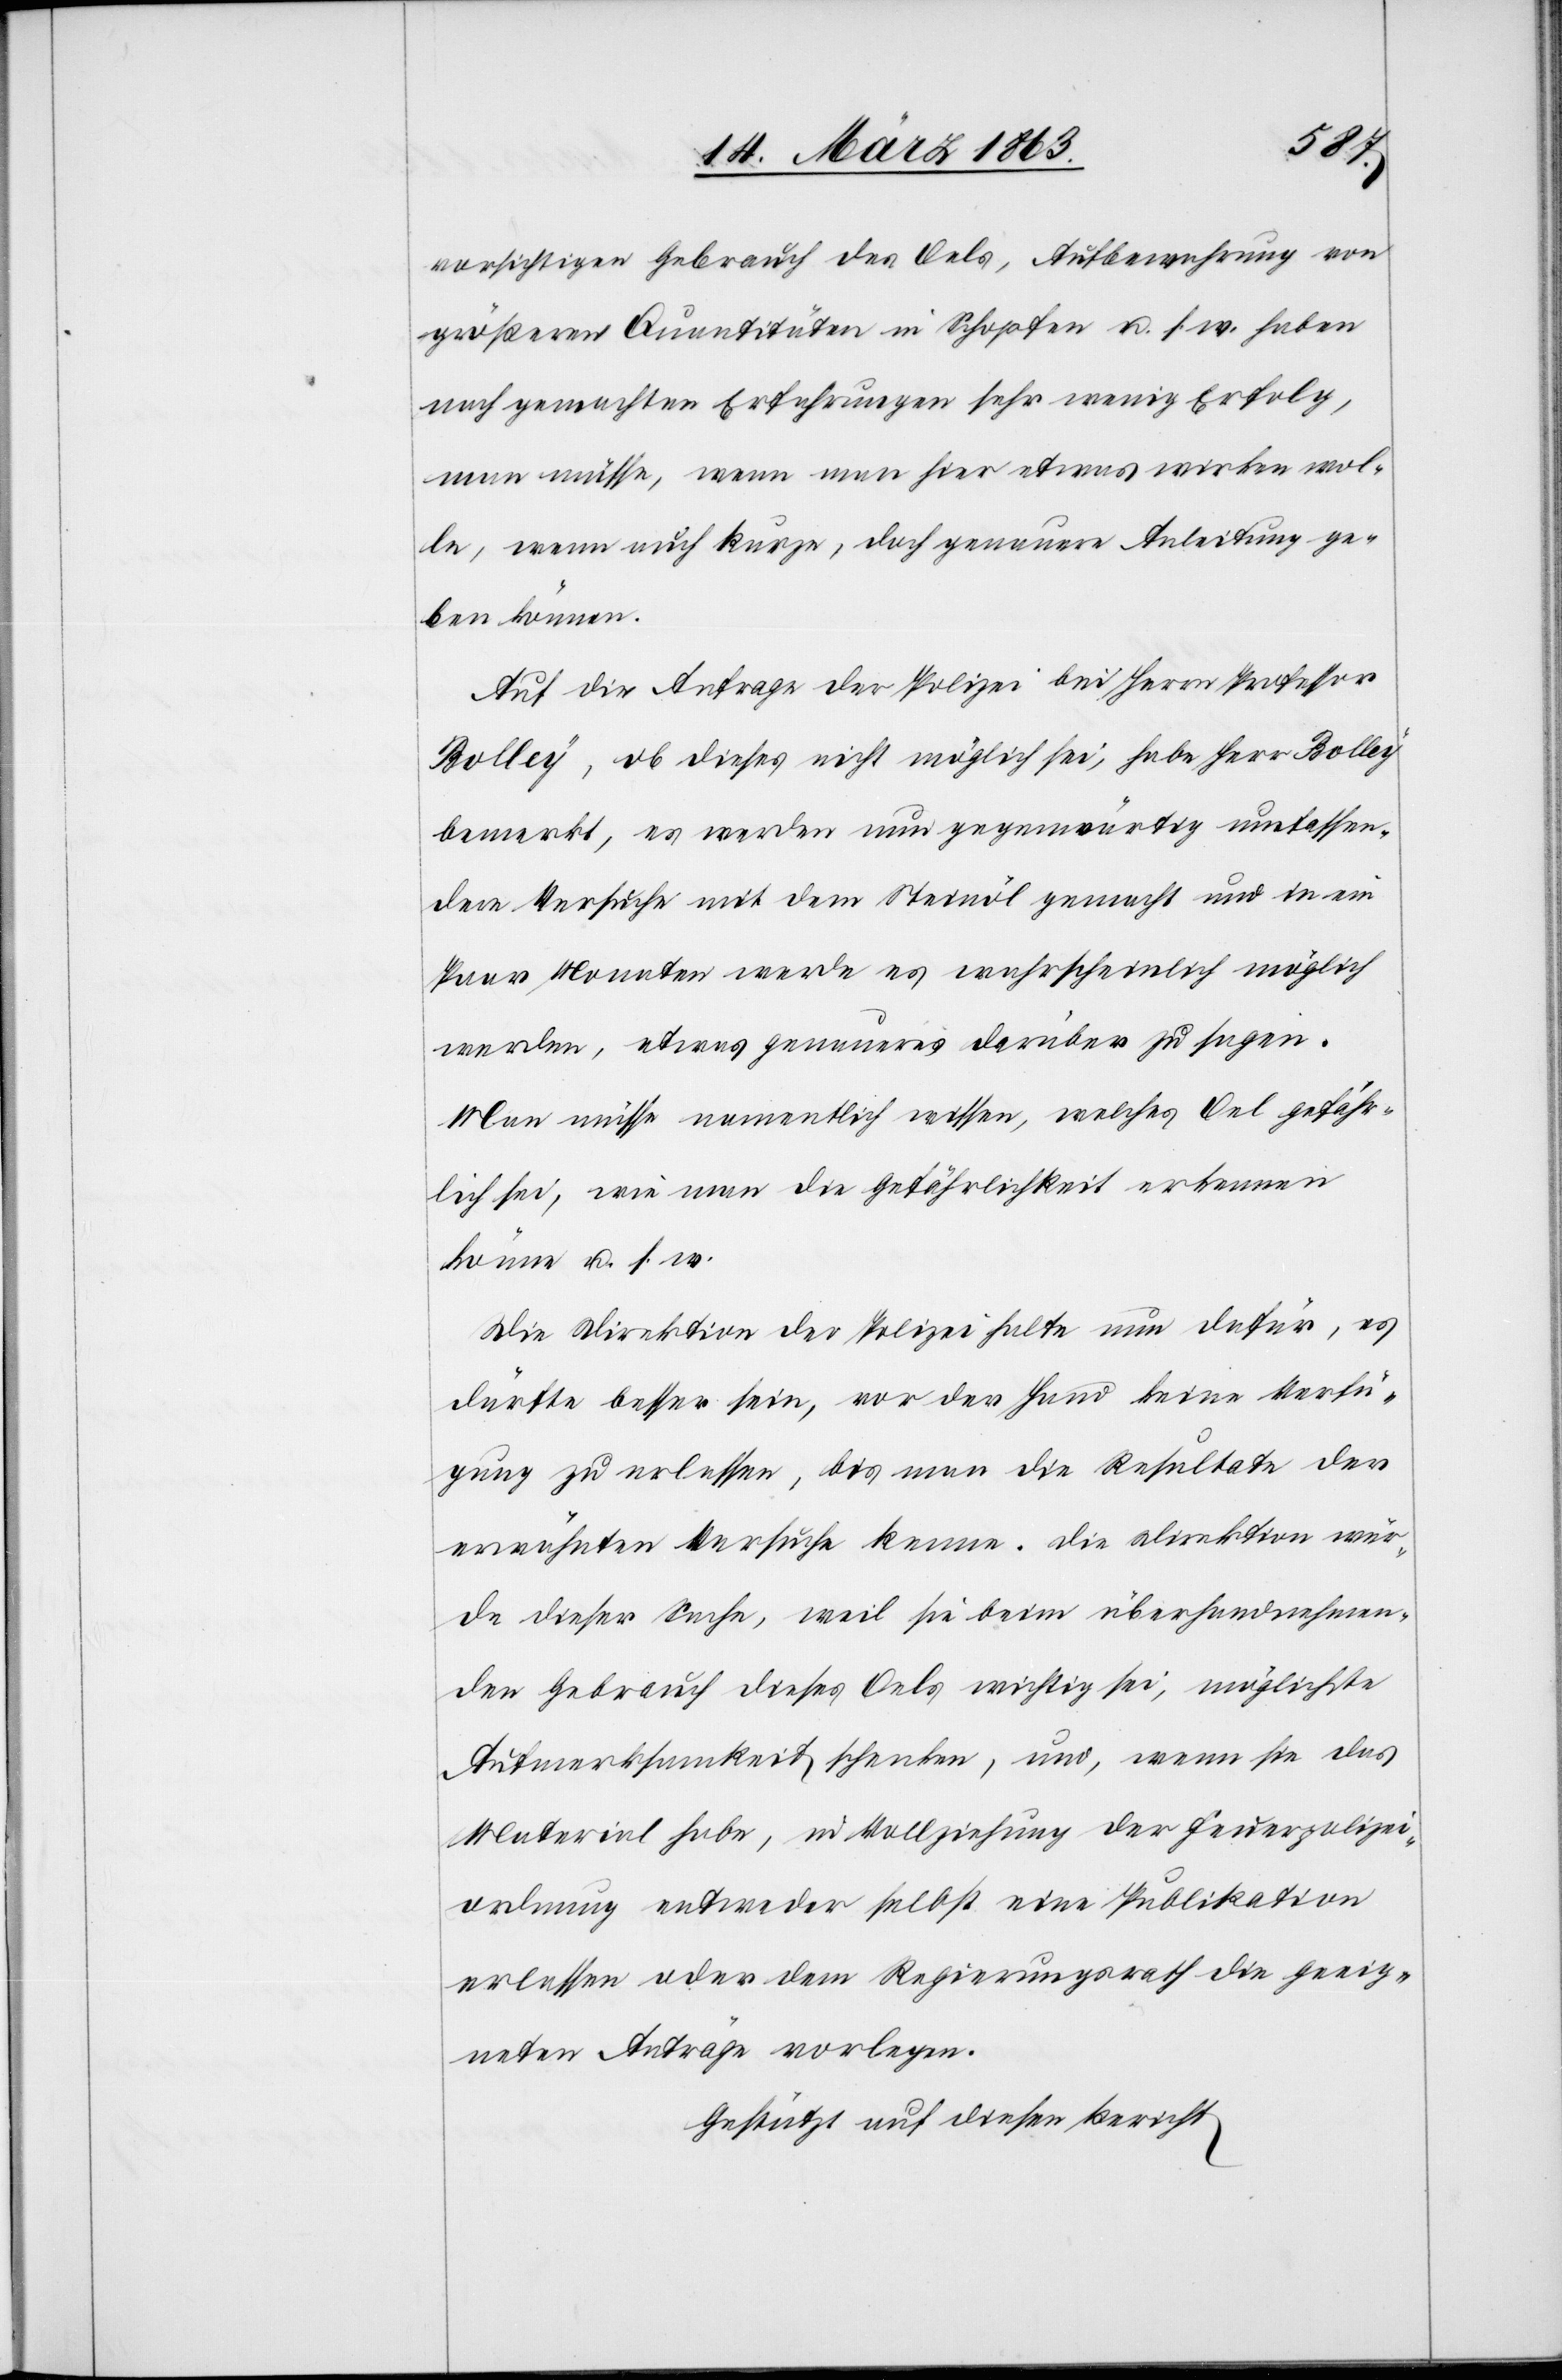
vorsichtigen Gebrauch des Oels, Aufbewahrung von
größeren Quantitäten in Schopfen u. s. w. haben
nach gemachten Erfahrungen sehr wenig Erfolg,
man müsse, wenn man hier etwas wirken wol¬
le, wenn auch kurze, doch genauere Anleitung ge¬
ben können.
Auf die Anfrage der Polizei bei Herrn Professor
Bolley, ob dieses nicht möglich sei, habe Herr Bolley
bemerkt, es werden nun gegenwärtig umfassen¬
dere Versuche mit dem Steinöl gemacht und in ein
Paar Monaten werde es wahrscheinlich möglich
werden, etwas genaueres darüber zu sagen.
Man müsse namentlich wissen, welches Oel gefähr¬
lich sei, wie man die Gefährlichkeit erkennen
könne u. s. w.
Die Direktion der Polizei halte nun dafür, es
dürfte besser sein, vor der Hand keine Verfü¬
gung zu erlassen, bis man die Resultate der
erwähnten Versuche kenne. Die Direktion wür¬
de dieser Sache, weil sie beim überhandnehmen¬
den Gebrauch dieses Oels wichtig sei, möglichste
Aufmerksamkeit schenken, und, wenn sie das
Material habe, in Vollziehung der Feuerpolizei¬
ordnung entweder selbst eine Publikation
erlassen oder dem Regierungsrath die geeig¬
neten Anträge vorlegen.
Gestützt auf diesen Bericht